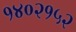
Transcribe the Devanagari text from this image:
१४०२१५२